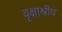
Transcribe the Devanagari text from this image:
वृक्षाश्रीय